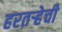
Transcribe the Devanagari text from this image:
हरतर्‍हेची